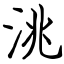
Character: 洮